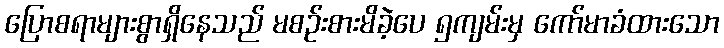
ပြောစရာများစွာရှိနေသည် မစဉ်းစားမိခဲ့ပေ ၅ကျမ်းမှ ကော်မာခံထားသော